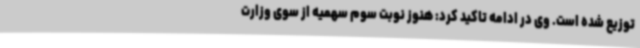
توزیع شده است. وی در ادامه تاکید کرد: هنوز نوبت سوم سهمیه از سوی وزارت